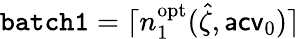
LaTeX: \mathtt{batch1}=\lceil n_{1}^{\mathrm{opt}}(\hat{\zeta},\mathsf{acv}_{0})\rceil